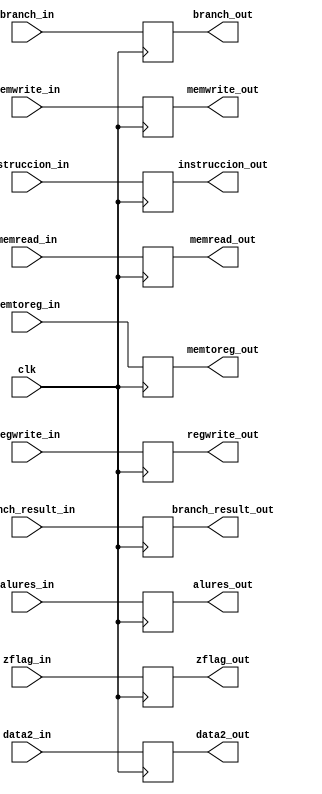
module buffer3(
	input clk,
	input regwrite_in,
	input memtoreg_in,
	input memwrite_in,
	input memread_in,
	input branch_in,
	input[31:0]branch_result_in,
	input zflag_in,
	input[31:0]alures_in,
	input[31:0]data2_in,
	input[4:0]instruccion_in,
	
	output reg regwrite_out,
	output reg memtoreg_out,
	output reg memwrite_out,
	output reg memread_out,
	output reg branch_out,
	output reg [31:0]branch_result_out,
	output reg zflag_out,
	output reg [31:0]alures_out,
	output reg [31:0]data2_out,
	output reg [4:0]instruccion_out
);
always @(posedge clk)
	begin
		regwrite_out = regwrite_in;
		memtoreg_out = memtoreg_in;
		memwrite_out = memwrite_in;
		memread_out = memread_in;
		branch_out = branch_in;
		branch_result_out = branch_result_in;
		zflag_out = zflag_in;
		alures_out = alures_in;
		data2_out = data2_in;
		instruccion_out = instruccion_in;
	end 
	
endmodule